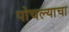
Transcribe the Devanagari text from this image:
पोचल्याचा